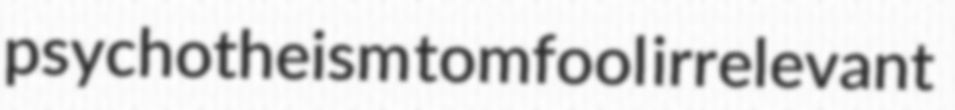
psychotheism tomfool irrelevant